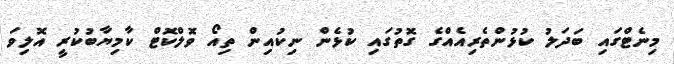
މިނެޓްގައި ބަދަލު ކުޅުންތެރިއެއްގެ ގޮތުގައި ކުޅެން ނިކުއިން ތިއޯ ވޮލްކޮޓް ކާމިޔާބުކުރީ އޮލިވަ